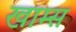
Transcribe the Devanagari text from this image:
खाम्स